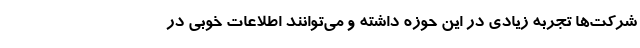
شرکت‌ها تجربه زیادی در این حوزه داشته و می‌توانند اطلاعات خوبی در